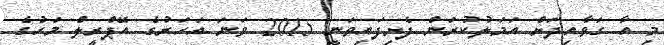
މި އާ ގަވާއިދަށް އަމަލުކުރަން ފެށިފައިވަނީ 2015 ވަނަ އަހަރުގެ އޭޕްރީލް މަހުގެ